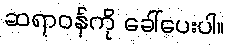
ဆရာဝန်ကို ခေါ်ပေးပါ။